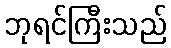
ဘုရင်ကြီးသည်